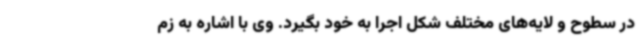
در سطوح و لایه‌های مختلف شکل اجرا به خود بگیرد. وی با اشاره به زم